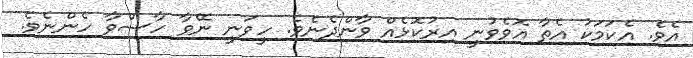
އެވެ. އެކަމަކު އެތާ އޮވެވުނީ އިރުކޮޅެއް ވާންދެނެވެ. ހީވަނީ ނޭވާ ހާސްވާ ހެންނެވެ.